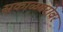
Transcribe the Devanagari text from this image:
सकाळबरोबर